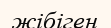
жібіген